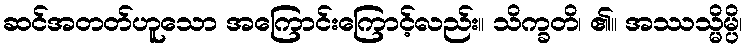
ဆင်အတတ်ဟူသော အကြောင်းကြောင့်လည်း။ သိက္ခတိ၊ ၏။ အဿသ္မိမ္ပိ၊